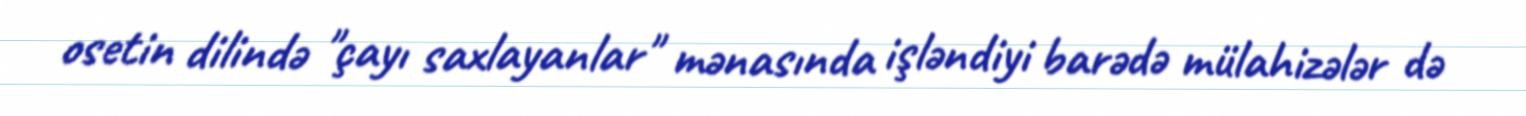
osetin dilində "çayı saxlayanlar" mənasında işləndiyi barədə mülahizələr də